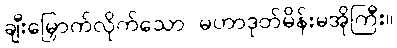
ချီးမြှောက်လိုက်သော မဟာဒုတ်မိန်းမအိုကြီး။